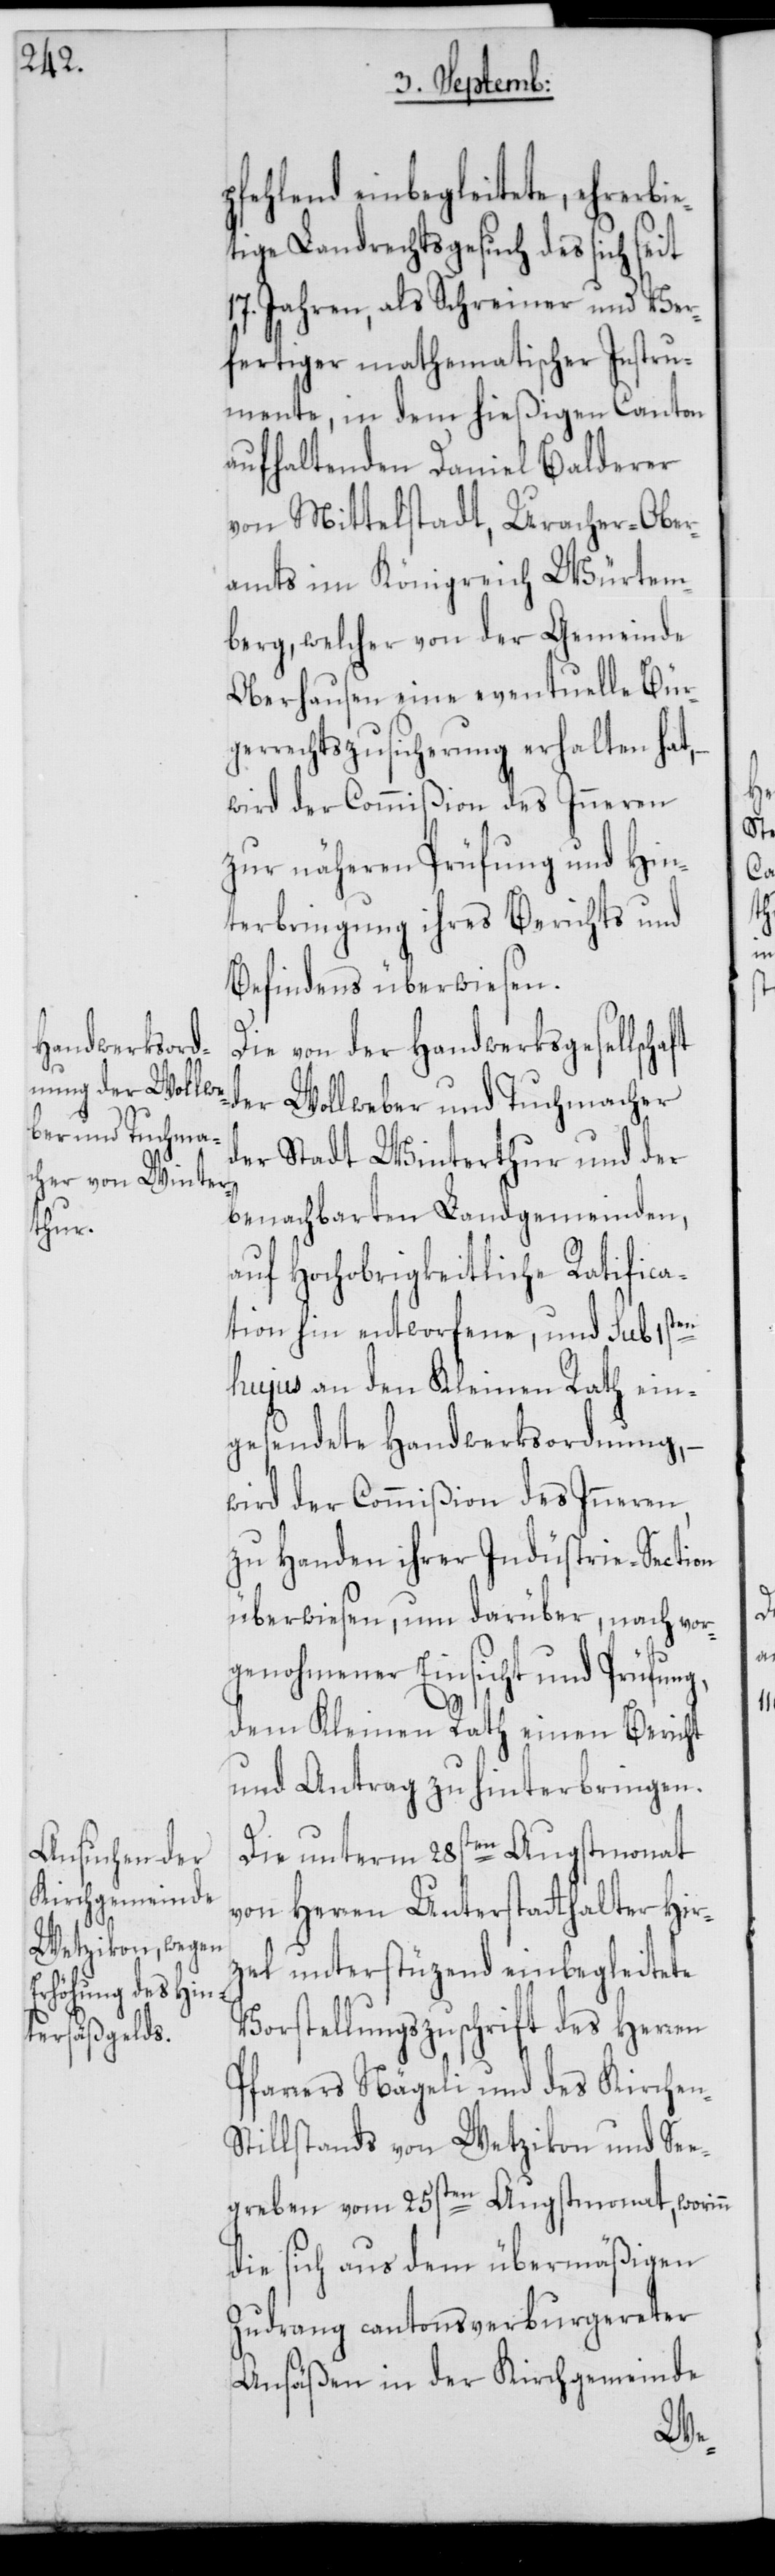
pfehlend einbegleitete, ehrerbie¬
tige Landrechtsgesuch des sich seit
17. Jahren, als Schreiner und Ver¬
fertiger mathematischer Instru¬
mente, in dem hießigen Canton
aufhaltenden Daniel Balderer
von Mittelstadt, Uracher-Ober¬
amts im Königreich Würtem¬
berg, welcher von der Gemeinde
Oberhausen eine eventuelle Bür¬
gerrechtszusicherung erhalten hat,
wird der Commißion des Inneren
zur näheren Prüfung und Hin¬
terbringung ihres Berichts und
Befindens überwiesen.
Die von der Handwerksgesellschaft
der Wollweber und Tuchmacher
der Stadt Winterthur und der
benachbarten Landgemeinden,
auf Hochobrigkeitliche Ratifica¬
tion hin entworfene, und sub 1sten
hujus an den Kleinen Rath ein¬
gesendete Handwerksordnung, –
wird der Commißion des Inneren,
zu Handen ihrer Indüstrie-Section
überwiesen, um darüber, nach vor¬
genohmener Einsicht und Prüfung,
dem Kleinen Rath einen Bericht
und Antrag zu hinterbringen.
Die unterm 28sten Augstmonat
von Herren Unterstatthalter Hir¬
zel unterstüzend einbegleitete
Vorstellungszuschrift des Herren
Pfarrers Nägeli und des Kirchen-S¬
tillstands von Wetzikon und See¬
greben vom 25sten Augstmonat, worinn
die sich aus dem übermäßigen
Zudrang cantonsverburgereter
Ansäßen in der Kirchgemeinde